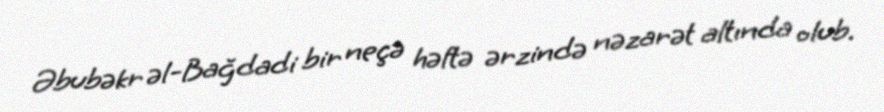
Əbubəkr əl-Bağdadi bir neçə həftə ərzində nəzarət altında olub.